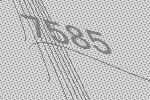
7585